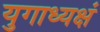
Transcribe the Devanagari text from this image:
युगाध्यक्षं